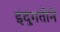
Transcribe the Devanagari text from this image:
इंदुगतीने